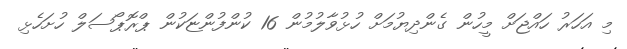
މި އަހަރު ހައްޖަށް މީހުން ގެންދިޔުމަށް ހުޅުވާލުމުން 16 ކުންފުންޏަކުން ޕްރޮޕޯސަލް ހުށަހެޅި